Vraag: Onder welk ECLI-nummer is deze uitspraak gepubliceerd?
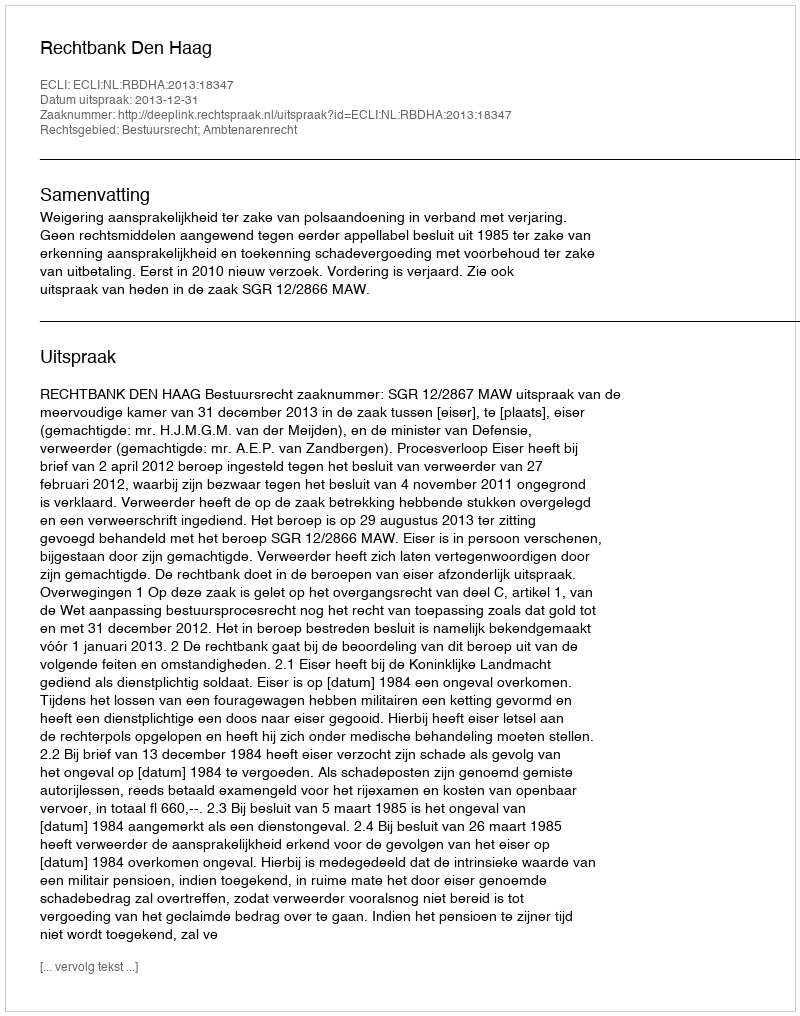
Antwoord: ECLI:NL:RBDHA:2013:18347